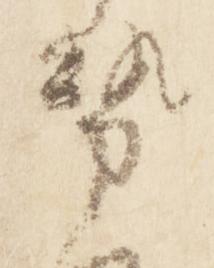
勢